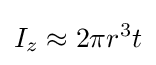
I_{z}\approx 2\pi r^{3}t